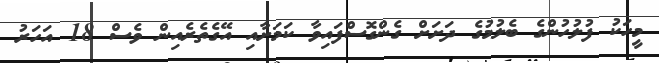
މީހަކު ފުލުހުންގެ ބެލުމުގެ ދަށަށް ގެންގޮސްފައިވާ ކަމަށާއި އޭގެތެރެއިން ވެސް 18 އަހަރު